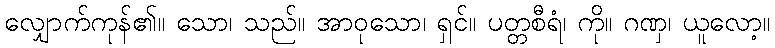
လျှောက်ကုန်၏။ သော၊ သည်။ အာဝုသော၊ ရှင်။ ပတ္တစီရံ၊ ကို။ ဂဏှ၊ ယူလော့။